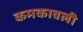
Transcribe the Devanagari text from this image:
कमकावली